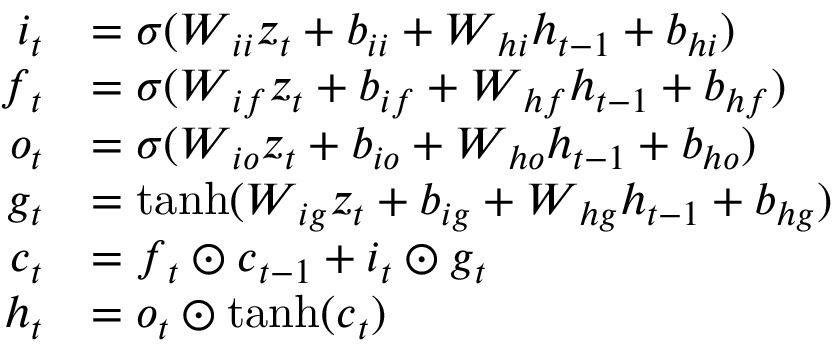
\begin{array} { r l } { \boldsymbol { i } _ { t } } & { = \sigma ( \boldsymbol { W } _ { i i } \boldsymbol { z } _ { t } + \boldsymbol { b } _ { i i } + \boldsymbol { W } _ { h i } \boldsymbol { h } _ { t - 1 } + \boldsymbol { b } _ { h i } ) } \\ { \boldsymbol { f } _ { t } } & { = \sigma ( \boldsymbol { W } _ { i f } \boldsymbol { z } _ { t } + \boldsymbol { b } _ { i f } + \boldsymbol { W } _ { h f } \boldsymbol { h } _ { t - 1 } + \boldsymbol { b } _ { h f } ) } \\ { \boldsymbol { o } _ { t } } & { = \sigma ( \boldsymbol { W } _ { i o } \boldsymbol { z } _ { t } + \boldsymbol { b } _ { i o } + \boldsymbol { W } _ { h o } \boldsymbol { h } _ { t - 1 } + \boldsymbol { b } _ { h o } ) } \\ { \boldsymbol { g } _ { t } } & { = \operatorname { t a n h } ( \boldsymbol { W } _ { i g } \boldsymbol { z } _ { t } + \boldsymbol { b } _ { i g } + \boldsymbol { W } _ { h g } \boldsymbol { h } _ { t - 1 } + \boldsymbol { b } _ { h g } ) } \\ { \boldsymbol { c } _ { t } } & { = \boldsymbol { f } _ { t } \odot \boldsymbol { c } _ { t - 1 } + \boldsymbol { i } _ { t } \odot \boldsymbol { g } _ { t } } \\ { \boldsymbol { h } _ { t } } & { = \boldsymbol { o } _ { t } \odot \operatorname { t a n h } ( \boldsymbol { c } _ { t } ) } \end{array}